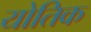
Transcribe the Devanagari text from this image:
योतिक